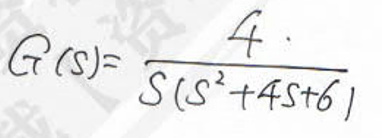
\[
G(s)=\frac{4}{s(s^{2}+4s + 6)}
\]